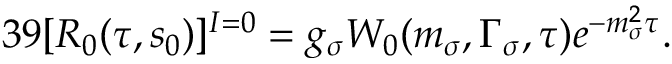
3 9 [ R _ { 0 } ( \tau , s _ { 0 } ) ] ^ { I = 0 } = g _ { \sigma } W _ { 0 } ( m _ { \sigma } , \Gamma _ { \sigma } , \tau ) e ^ { - m _ { \sigma } ^ { 2 } \tau } .